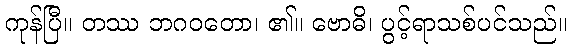
ကုန်ပြီ။ တဿ ဘဂဝတော၊ ၏။ ဗောဓိ၊ ပွင့်ရာသစ်ပင်သည်။